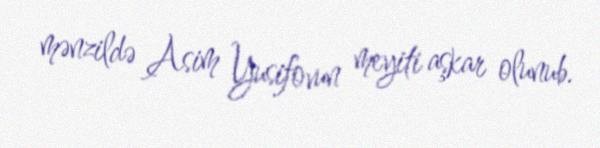
mənzildə Asim Yusifovun meyiti aşkar olunub.